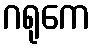
ဂရုကေ